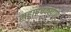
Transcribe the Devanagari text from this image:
महापंचक्खाण